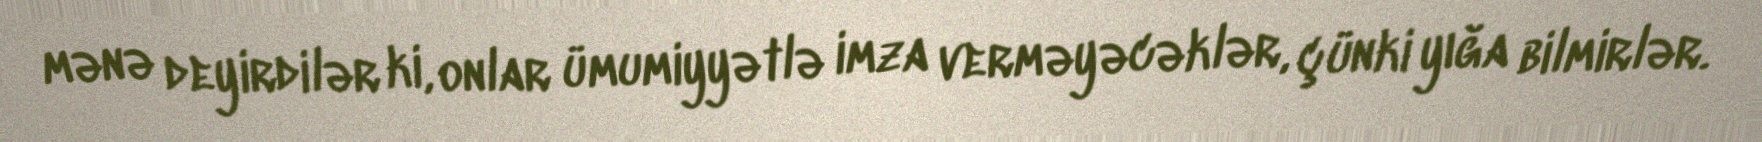
mənə deyirdilər ki, onlar ümumiyyətlə imza verməyəcəklər, çünki yığa bilmirlər.